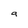
Character: a